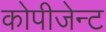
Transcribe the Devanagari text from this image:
कोपीजेन्ट